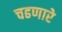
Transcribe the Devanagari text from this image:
चढणारे